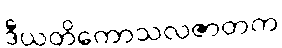
ဒီယတိကောသလဇာတက